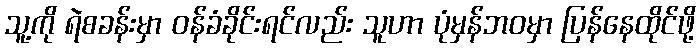
သူ့ကို ရဲစခန်းမှာ ဝန်ခံခိုင်းရင်လည်း သူဟာ ပုံမှန်ဘဝမှာ ပြန်နေထိုင်ဖို့